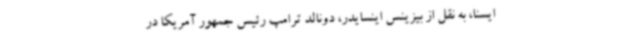
ایسنا، به نقل از بیزینس اینسایدر، دونالد ترامپ رئیس جمهور آمریکا در